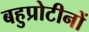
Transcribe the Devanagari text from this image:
बहुप्रोटीनों